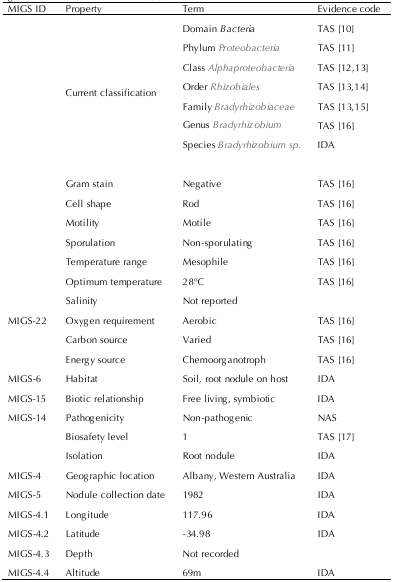
<table><thead><tr><td><b>MIGS ID</b></td><td><b>Property</b></td><td><b>Term</b></td><td><b>Evidence code</b></td></tr></thead><tbody><tr><td rowspan="8"></td><td rowspan="8">Current classification</td><td>Domain <i>Bacteria</i></td><td>TAS [10]</td></tr><tr><td>Phylum <i>Proteobacteria</i></td><td>TAS [11]</td></tr><tr><td>Class <i>Alphaproteobacteria</i></td><td>TAS [12,13]</td></tr><tr><td>Order <i>Rhizobiales</i></td><td>TAS [13,14]</td></tr><tr><td>Family <i>Bradyrhizobiaceae</i></td><td>TAS [13,15]</td></tr><tr><td>Genus <i>Bradyrhizobium</i></td><td>TAS [16]</td></tr><tr><td>Species <i>Bradyrhizobium sp.</i></td><td>IDA</td></tr><tr><td></td><td>Gram stain</td><td>Negative</td><td>TAS [16]</td></tr><tr><td></td><td>Cell shape</td><td>Rod</td><td>TAS [16]</td></tr><tr><td></td><td>Motility</td><td>Motile</td><td>TAS [16]</td></tr><tr><td></td><td>Sporulation</td><td>Non-sporulating</td><td>TAS [16]</td></tr><tr><td></td><td>Temperature range</td><td>Mesophile</td><td>TAS [16]</td></tr><tr><td></td><td>Optimum temperature</td><td>28°C</td><td>TAS [16]</td></tr><tr><td></td><td>Salinity</td><td>Not reported</td><td></td></tr><tr><td>MIGS-22</td><td>Oxygen requirement</td><td>Aerobic</td><td>TAS [16]</td></tr><tr><td></td><td>Carbon source</td><td>Varied</td><td>TAS [16]</td></tr><tr><td></td><td>Energy source</td><td>Chemoorganotroph</td><td>TAS [16]</td></tr><tr><td>MIGS-6</td><td>Habitat</td><td>Soil, root nodule on host</td><td>IDA</td></tr><tr><td>MIGS-15</td><td>Biotic relationship</td><td>Free living, symbiotic</td><td>IDA</td></tr><tr><td>MIGS-14</td><td>Pathogenicity</td><td>Non-pathogenic</td><td>NAS</td></tr><tr><td></td><td>Biosafety level</td><td>1</td><td>TAS [17]</td></tr><tr><td></td><td>Isolation</td><td>Root nodule</td><td>IDA</td></tr><tr><td>MIGS-4</td><td>Geographic location</td><td>Albany, Western Australia</td><td>IDA</td></tr><tr><td>MIGS-5</td><td>Nodule collection date</td><td>1982</td><td>IDA</td></tr><tr><td>MIGS-4.1 </td><td>Longitude</td><td>117.96</td><td>IDA</td></tr><tr><td>MIGS-4.2</td><td>Latitude</td><td>-34.98</td><td>IDA</td></tr><tr><td>MIGS-4.3</td><td>Depth</td><td>Not recorded</td><td></td></tr><tr><td>MIGS-4.4</td><td>Altitude</td><td>69m</td><td>IDA</td></tr></tbody></table>